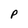
Character: P